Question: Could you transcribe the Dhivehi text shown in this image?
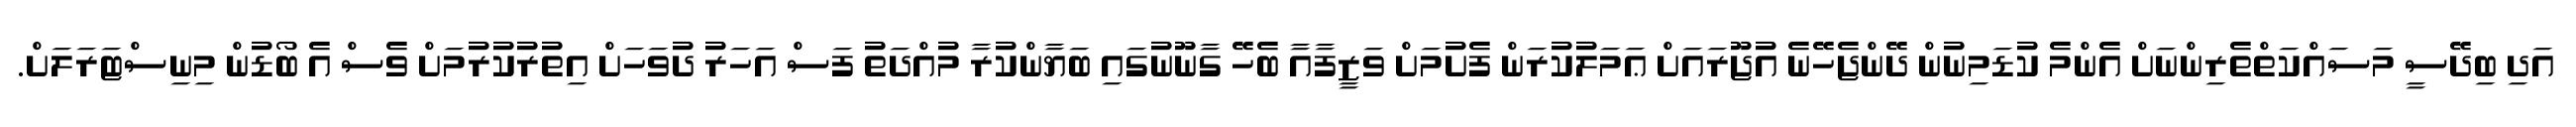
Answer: އަދި ބިދޭސީ މަސައްކަތްތެރިންނަށް އެންމެ ކުޑަމިނުން ދޭންޖެހޭނެ އުޖޫރައަށް ޢަމަލުކުރަން ފެށުމަށް ވަޒީފާއާ ބެހޭ ގާނޫނުގައި ބަޔާންކުރާ މުއްދަތު ފަސް އަހަރު ދުވަހަށް އިތުރުކުރުމަށް ވެސް އެ ބޯޑުން މިނިސްޓަރަލަށް.